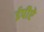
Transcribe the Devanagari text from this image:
ईपीऐ